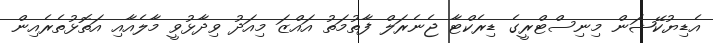
އެޑިޔުކޭޝަން މިނިސްޓްރީގެ ޑިރެކްޓާ ޖެނެރަލް ފާތުމަތު އައްޒަ މިއަދު ވިދާޅުވީ މާލެއާއި އަތޮޅުތެރެއިން